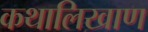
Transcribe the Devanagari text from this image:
कथालिखाण